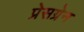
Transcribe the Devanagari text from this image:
प्रेसग्रेन